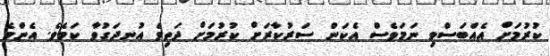
ކުރުމަށް އެއްބަސްވި ނަމަވެސް އެކަން ސަރުކާރަށް ކުރުމަށް ދަތިވެ އުނދަގުވާ ކަމެވެ. އެންމެ